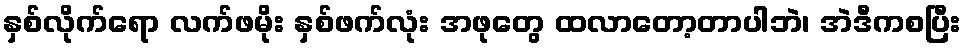
နှစ်လိုက်ရော လက်ဖမိုး နှစ်ဖက်လုံး အဖုတွေ ထလာတော့တာပါဘဲ၊ အဲဒီကစပြီး